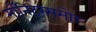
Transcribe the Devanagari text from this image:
मॉनिटरसमोर